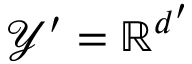
\mathcal { Y } ^ { \prime } = \mathbb { R } ^ { d ^ { \prime } }